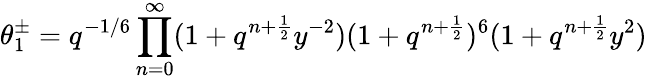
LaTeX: \theta_{1}^{\pm}=q^{-1/6}\prod_{n=0}^{\infty}(1+q^{n+\frac{1}{2}}y^{-2})(1+q^{n+\frac{1}{2}})^{6}(1+q^{n+\frac{1}{2}}y^{2})